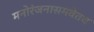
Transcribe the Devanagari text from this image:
मनोरंजनासमवेतच